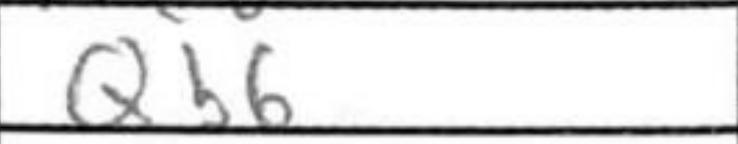
Transcription: Qb6